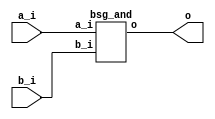


module top
(
  a_i,
  b_i,
  o
);

  input [15:0] a_i;
  input [15:0] b_i;
  output [15:0] o;

  bsg_and
  wrapper
  (
    .a_i(a_i),
    .b_i(b_i),
    .o(o)
  );


endmodule



module bsg_and
(
  a_i,
  b_i,
  o
);

  input [15:0] a_i;
  input [15:0] b_i;
  output [15:0] o;
  wire [15:0] o;
  assign o[15] = a_i[15] & b_i[15];
  assign o[14] = a_i[14] & b_i[14];
  assign o[13] = a_i[13] & b_i[13];
  assign o[12] = a_i[12] & b_i[12];
  assign o[11] = a_i[11] & b_i[11];
  assign o[10] = a_i[10] & b_i[10];
  assign o[9] = a_i[9] & b_i[9];
  assign o[8] = a_i[8] & b_i[8];
  assign o[7] = a_i[7] & b_i[7];
  assign o[6] = a_i[6] & b_i[6];
  assign o[5] = a_i[5] & b_i[5];
  assign o[4] = a_i[4] & b_i[4];
  assign o[3] = a_i[3] & b_i[3];
  assign o[2] = a_i[2] & b_i[2];
  assign o[1] = a_i[1] & b_i[1];
  assign o[0] = a_i[0] & b_i[0];

endmodule